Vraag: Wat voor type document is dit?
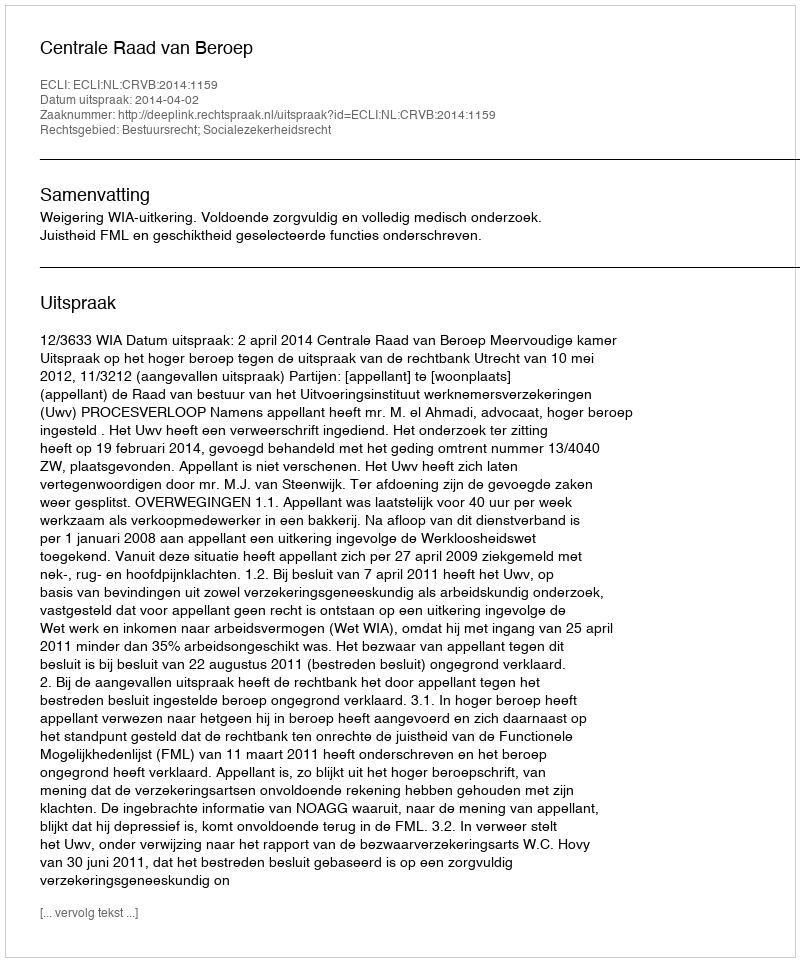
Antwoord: Uitspraak